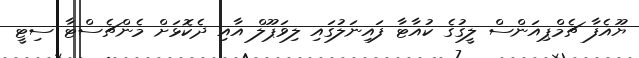
ޔޫއެފާ ޗެމްޕިއަންސް ލީގުގެ ކުއާޓާ ފައިނަލުގައި ލިވަޕޫލް އާއި ދެކޮޅަށް މެންޗެސްޓާ ސިޓީ